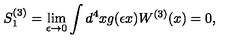
S _ { 1 } ^ { ( 3 ) } = \lim _ { \epsilon \to 0 } \int d ^ { 4 } x g ( \epsilon x ) W ^ { ( 3 ) } ( x ) = 0 ,